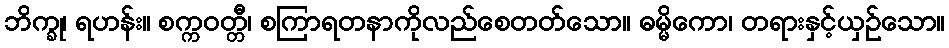
ဘိက္ခု၊ ရဟန်း။ စက္ကဝတ္တီ၊ စကြာရတနာကိုလည်စေတတ်သော။ ဓမ္မိကော၊ တရားနှင့်ယှဉ်သော။